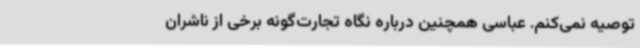
توصیه نمی‌کنم. عباسی همچنین درباره نگاه تجارت‌گونه برخی از ناشران